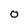
Character: 0